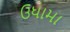
ઉધામા